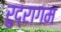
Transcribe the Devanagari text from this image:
रुद्रागम